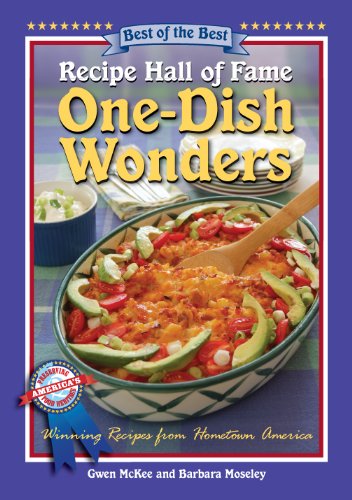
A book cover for Recipe Hall of Fame One-Dish Wonders Cookbook (Recipe Hall of Fame Cookbook Collection); Gwen McKee; Cookbooks, Food & Wine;